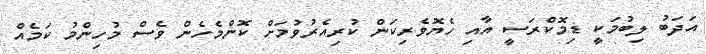
އަދަބު ލިބުމަކީ ޑިމޮކްރަސީ އާއި ހެޔޮވެރިކަން ކުރިއެރުވުމަށް ކޮންމެހެން ވެސް މުހިންމު ކަމެއް